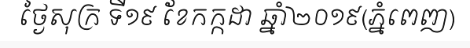
ថ្ងៃសុក្រ ទី១៩ ខែកក្កដា ឆ្នាំ២០១៩(ភ្នំពេញ)